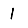
Digit: 1